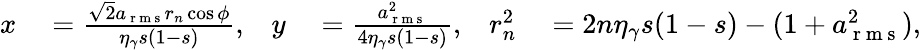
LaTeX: \begin{array}{rlrlrl}{x}&{{}=\frac{\sqrt{2}a_{\mathrm{~r~m~s~}}r_{n}\cos\phi}{\eta_{\gamma}s(1-s)},}&{y}&{{}=\frac{a_{\mathrm{~r~m~s~}}^{2}}{4\eta_{\gamma}s(1-s)},}&{r_{n}^{2}}&{{}=2n\eta_{\gamma}s(1-s)-(1+a_{\mathrm{~r~m~s~}}^{2}),}\end{array}